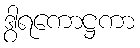
ဒွါရကောဋ္ဌကာ